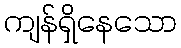
ကျန်ရှိနေသော